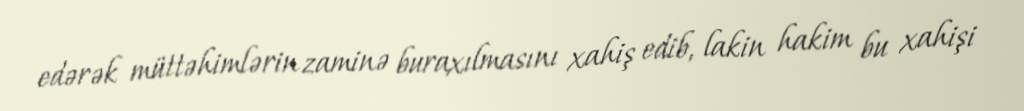
edərək müttəhimlərin zaminə buraxılmasını xahiş edib, lakin hakim bu xahişi